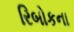
રિબોકના